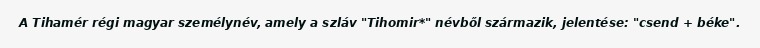
A Tihamér régi magyar személynév, amely a szláv "Tihomir*" névből származik, jelentése: "csend + béke".